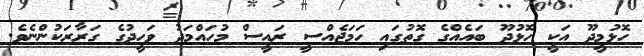
ހޮޅުމީދޫ އަކީ ހޮޅުދޫ ބައެއްގެ ގޮތުގައި ހަމަޖެއްސީ ރައީސް މުހައްމަދު ވަހީދުގެ ގަރާރަކުންނެވެ.